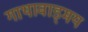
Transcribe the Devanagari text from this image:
गाथावाड्मय